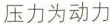
压力为动力